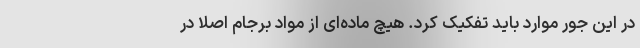
در این جور موارد باید تفکیک کرد. هیچ ماده‌ای از مواد برجام اصلا در